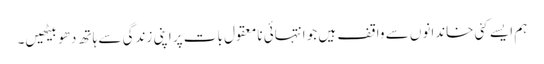
ہم ایسے کئی خاندانوں سے واقف ہیں جو انتہائی نامعقول بات پر اپنی زندگی سے ہاتھ دھو بیٹھیں۔